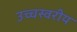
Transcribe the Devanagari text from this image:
उच्चस्वरीय